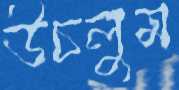
উচলুম